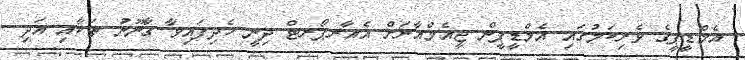
އެމްޑީޕީގެ ވެރިކަމުގައި އެމްޑީޕީން ޖީއެމްއާރަށް އެއާރޕޯރޓް ދިނީ ހެދިފައިވާ ގާނޫނު ތަކާއި އަދި